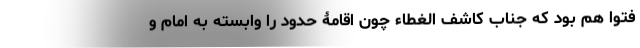
فتوا هم بود که جناب کاشف الغطاء چون اقامۀ حدود را وابسته به امام و